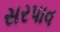
સરપાવ